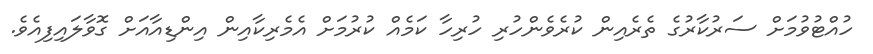
ހުއްޓުވުމަށް ސަރުކާރުގެ ތެރެއިން ކުރެވެންހުރި ހުރިހާ ކަމެއް ކުރުމަށް އެމެރިކާއިން އިންޑިއާއަށް ގޮވާލައިފިއެވެ.